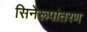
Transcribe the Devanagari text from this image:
सिनेरूपांतरण